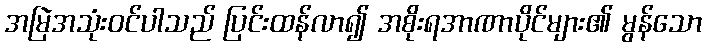
အမြဲအသုံးဝင်ပါသည် ပြင်းထန်လာ၍ အစိုးရအာဏာပိုင်များ၏ မွန်သော